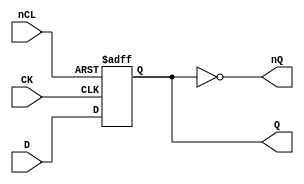
// This program was cloned from: https://github.com/jotego/jtcores
// License: GNU General Public License v3.0

// Fujitsu AV cell
// Positive Edge Clocked Power DFF with CLEAR
// furrtek 2022

`timescale 1ns/100ps

module FDE(
	input CK,
	input D,
	input nCL,
	output reg Q,
	output nQ
);

// Same function as FDO and FDG ?

always @(posedge CK or negedge nCL) begin
	if (!nCL)
		Q <= 1'b0;	// tmax = 5.2ns
	else
		Q <= D;		// tmax = 6.3ns
end

assign nQ = ~Q;

endmodule